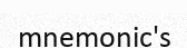
mnemonic's